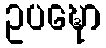
ဥပဍ္ဎော